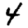
Digit: 4